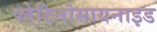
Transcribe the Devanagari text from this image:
प्लेटिनोसायनाइड